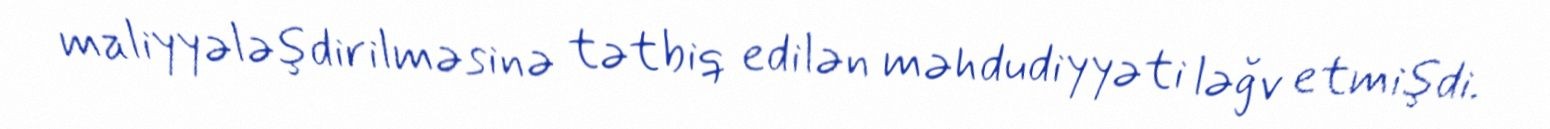
maliyyələşdirilməsinə tətbiq edilən məhdudiyyəti ləğv etmişdi.